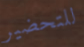
للتحضير